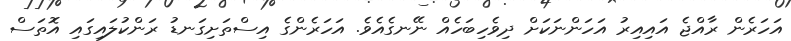
އަހަރެން ރާއްޖެ އައިއިރު އަހަންނަކަށް ދިވެހިބަހެއް ނޭނގެއެވެ. އަހަރެންގެ އިސްތަށިގަނޑު ރަންކުލައިގައި އޮތަސް